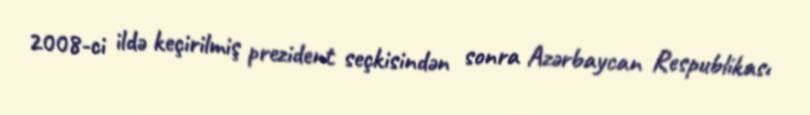
2008-ci ildə keçirilmiş prezident seçkisindən sonra Azərbaycan Respublikası